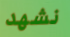
نشهد